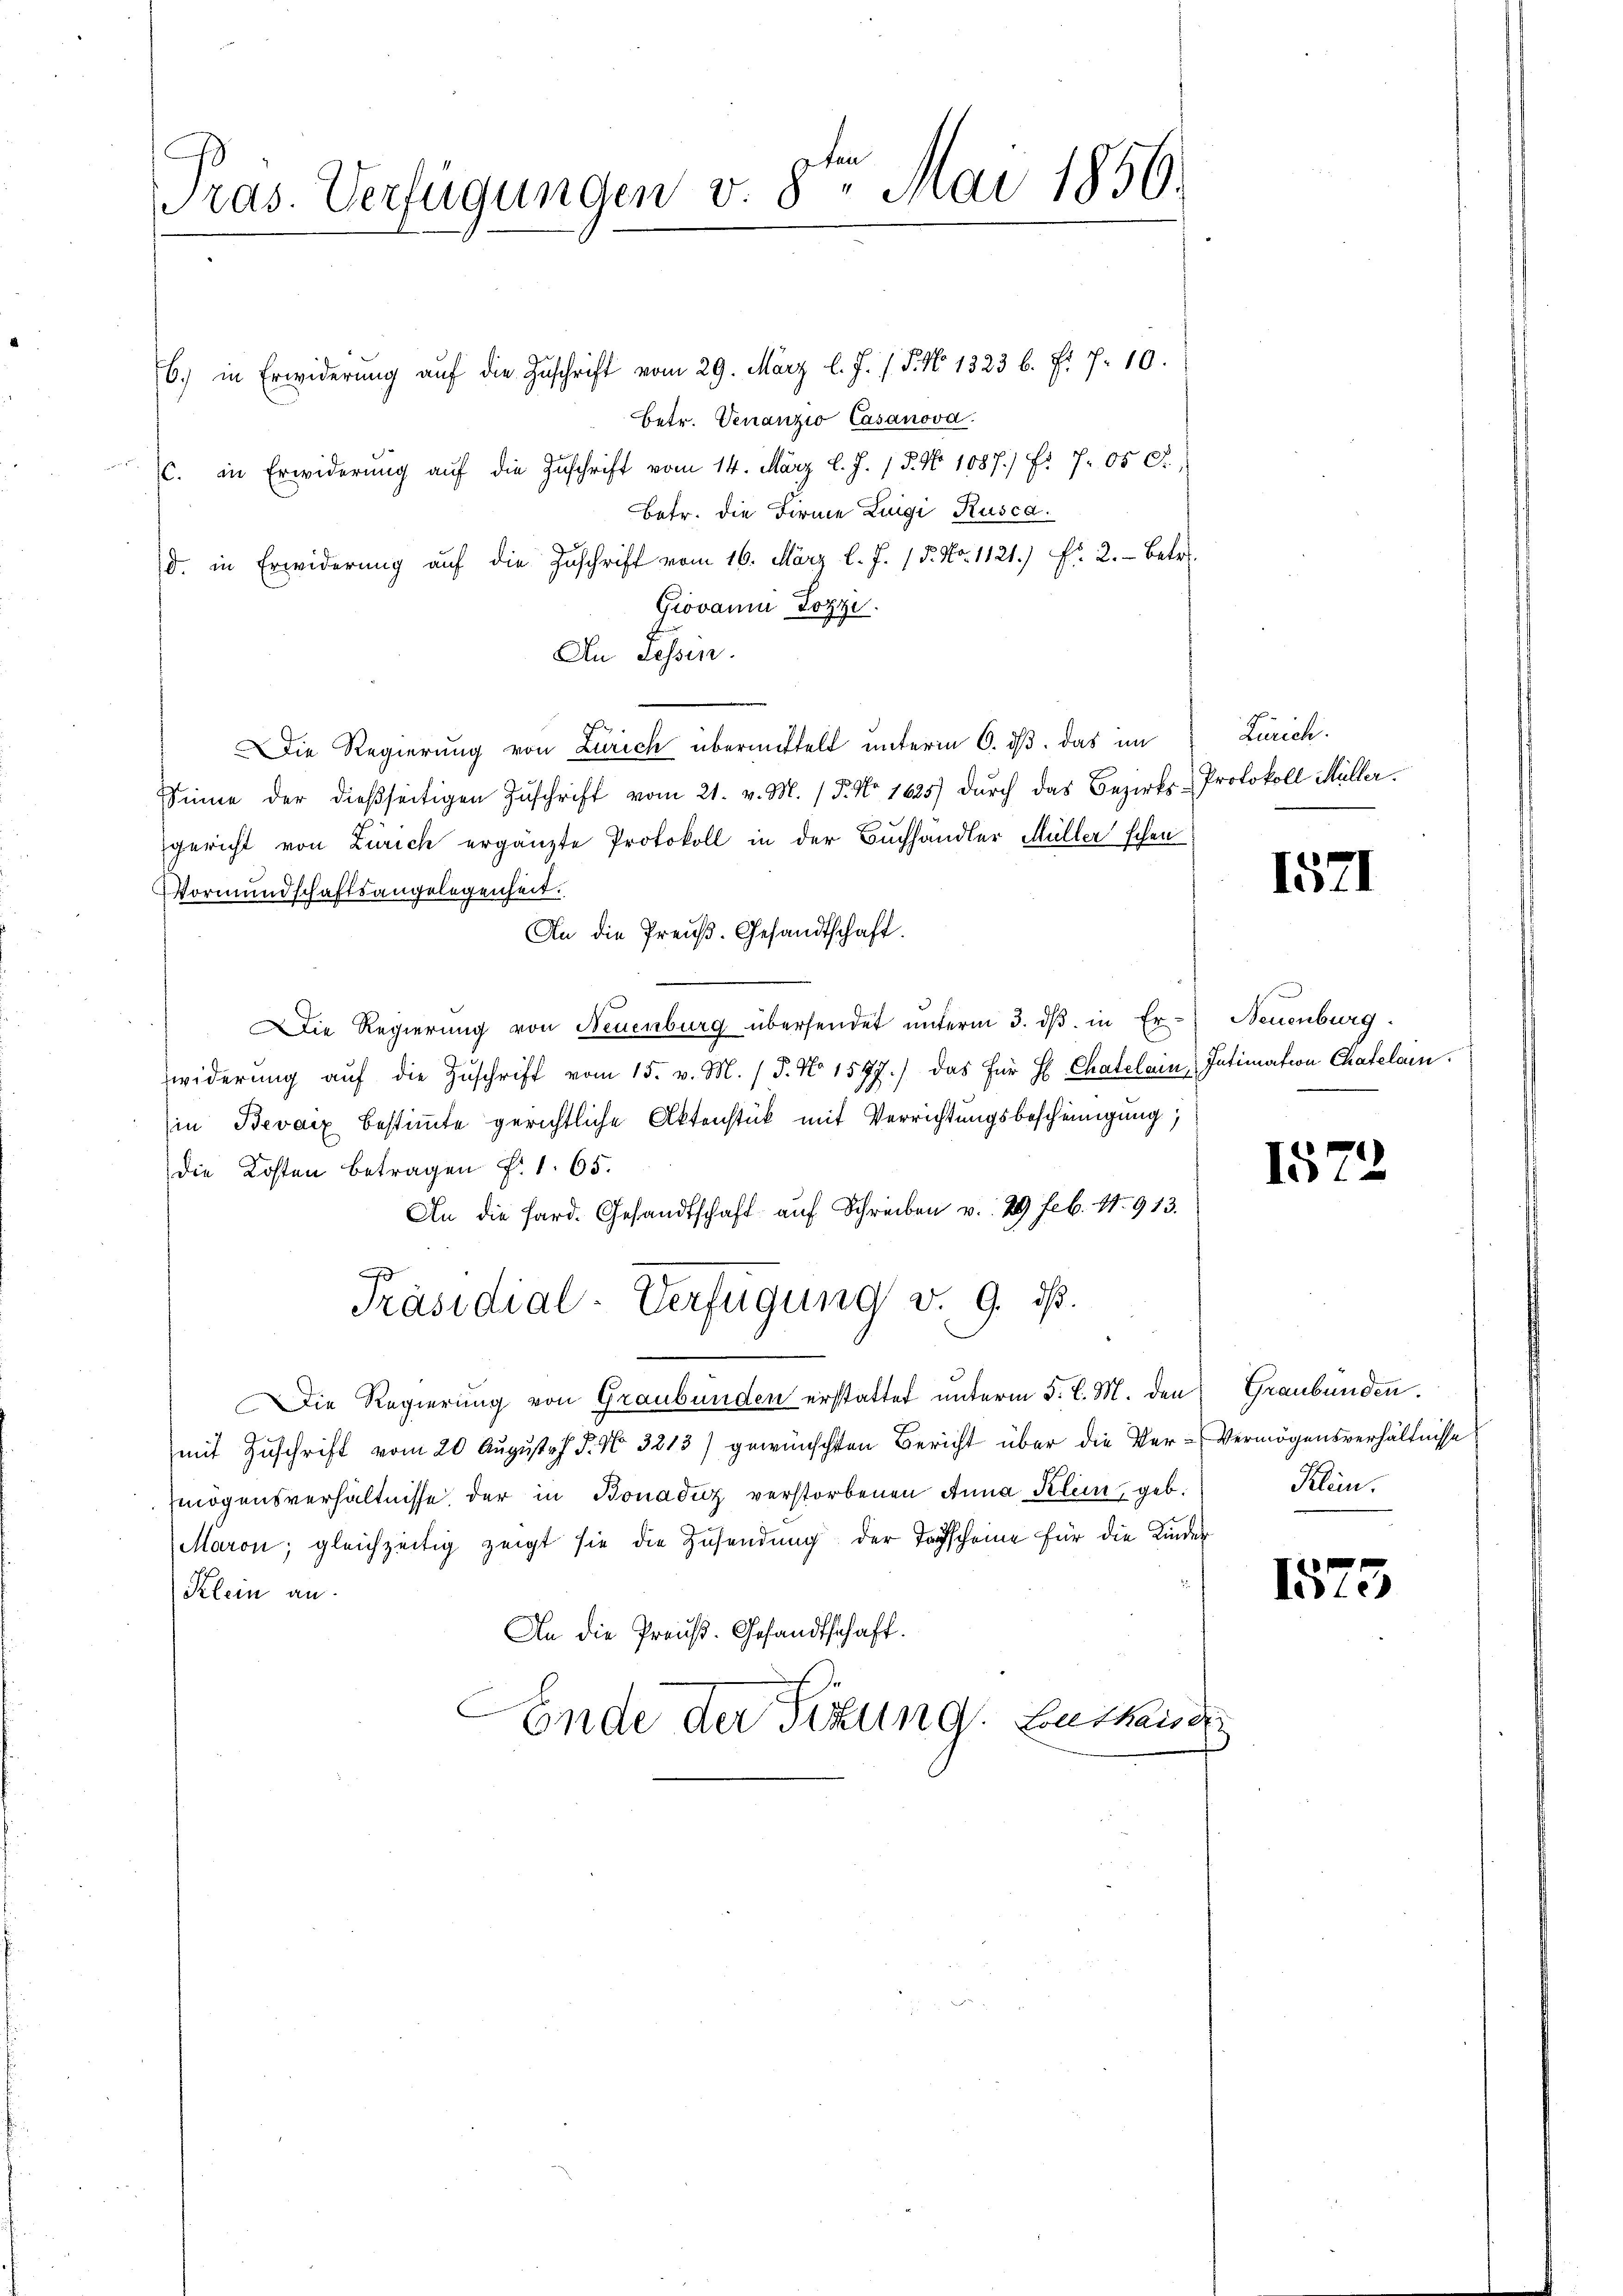
Präs. Verfügungen v. 8ten Mai 1850.

6. in Erwiderŭng aŭf die Zuschrift vom 29. März l. J. J. P. No 1323 b. f. 7. 10.
betr. Venanzio Casanova
c. in Erwiderung auf die Zuschrift vom 14. März l. J. / 5. No 1087/ f. 705.
Betr. die Firme Luigi Rusca.
d. in Erwiderung auf die Zuschrift vom 16. März l. J. 15. No. 1121.) Fr. 2. Betr.
Giovanna Pozzi.
An Tessin.
Die Regierung von Zürich übermittelt unterm 6. ds. das im
Sinne der dießseitigen Zŭschrift vom 21. v. M. / 5. No 1625) dŭrch das Bezirks-Protokoll Müllergericht von Zürich ergänzte Protokoll in der Buchhändler Müller schen
Vormundschaftsangelegenheit.
An die Preuß. Gesandtschaft.
Die Regierung von Neuenburg übersendet ŭnterm 3. dβ in Er-Neuenburg
widerŭng aŭf die Zŭschrift vom 15. v. M. / 5. No 1597.) das für H Chatelain Intimation Chatelain.
(in Bevaiz bestimmte gerichtliche Aktenstück mit Verrichtungsbescheinigung,
Die Kosten betragen f. 1. 65.
An die Sard. Gesandtschaft auf Schreiben v. 29 Feb. 1913.
Präsidial-Verfügung v. 9. ds.
Die Regierung von Graubünden erstattet unterm 5. d. M. den Graubünden.
mit Zuschrift vom 20. August d. No. 3213) gewünschten Bericht über die Ver-Vermögensverhältnisse
mögensverhältnisse der in Bonaduz verstorbenen Anna Klein, geb.
Maron, gleichzeitig zeigt sie die Zŭsendŭng der Totscheine für die Kinder
Klein an
An die Preuß. Gesandtschaft.
Ende der Sitzung. Entbind

Zürich.

1571

1572

Klein.

x
Ite